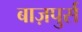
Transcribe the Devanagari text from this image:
बाज़पुर्स